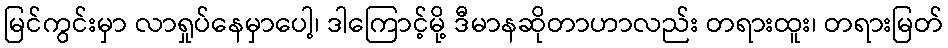
မြင်ကွင်းမှာ လာရှုပ်နေမှာပေါ့၊ ဒါကြောင့်မို့ ဒီမာနဆိုတာဟာလည်း တရားထူး၊ တရားမြတ်